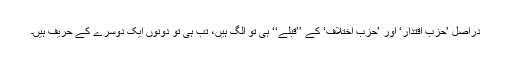
دراصل ’حزب اقتدار‘ اور ’حزب اختلاف‘ کے ’’قبلے‘‘ ہی تو الگ ہیں، تب ہی تو دونوں ایک دوسرے کے حریف ہیں۔